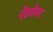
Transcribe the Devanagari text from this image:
ऐडवेयर